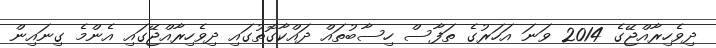
ދިވެހިރާއްޖޭގެ 2014 ވަނަ އަހަރުގެ ތަފާސް ހިސާބުތައް ދައްކާގޮތުގައި ދިވެހިރާއްޖޭގައި އެންމެ ގިނައިން